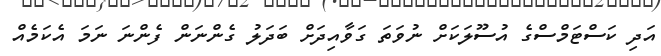
އަދި ކަސްޓަމްސްގެ އުސޫލަކަށް ނުވަތަ ގަވާއިދަށް ބަދަލު ގެންނަން ފެންނަ ނަމަ އެކަމެއް